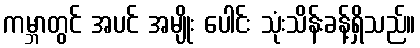
ကမ္ဘာတွင် အပင် အမျိုး ပေါင်း သုံးသိန်းခန့်ရှိသည်။